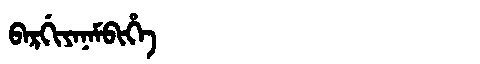
Manchu: ᠪᠠᡵᡤᡳᠶᠠᠨᠠᠮᠪᡳᡥᡝ
Romanization: BARGIYANAMBIHE